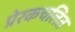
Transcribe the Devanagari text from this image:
प्रेरकचलित